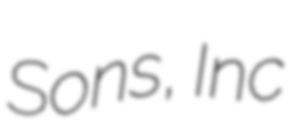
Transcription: Sons, Inc